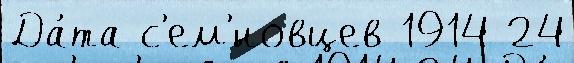
Да́та с'ем'́новцев 1914 24